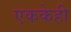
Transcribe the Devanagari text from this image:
एककेही